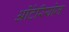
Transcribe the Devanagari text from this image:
ओंटेरियोज